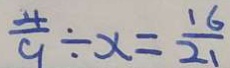
\frac { 4 } { 9 } \div x = \frac { 1 6 } { 2 1 }